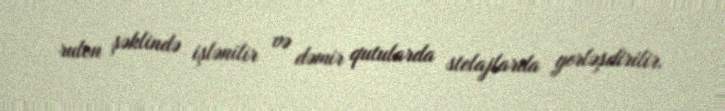
rulon şəklində işlənilir və dəmir qutularda stelajlarda yerləşdirilir.